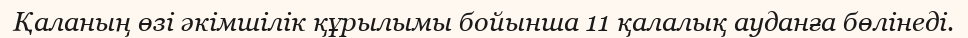
Қаланың өзі әкімшілік құрылымы бойынша 11 қалалық ауданға бөлінеді.